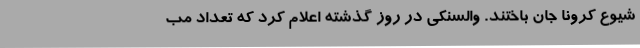
شیوع کرونا جان باختند. والسنکی در روز گذشته اعلام کرد که تعداد مب